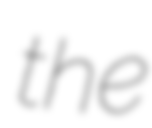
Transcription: the